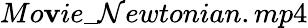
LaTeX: Mo\mathbf{v}ie\_ \mathcal{N}ewtonian.mp4